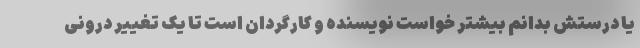
یا درستش بدانم بیشتر خواست نویسنده و کارگردان است تا یک تغییر درونی